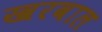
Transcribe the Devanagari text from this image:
खरवाल